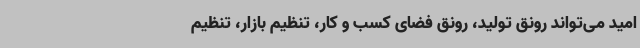
امید می‌تواند رونق تولید، رونق فضای کسب و کار، تنظیم بازار، تنظیم